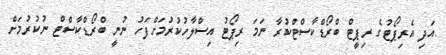
އަދި އެރިޕޯޓުގެ ރިޕީޓް ބްރޯޑްކާސްޓްކުރާ ނަމަ ރިޕޯޓު އިސްލާހުކުރުމަށްފަހު ނުނީ ބްރޯޑްކާސްޓް ނުކުރުމަށް